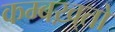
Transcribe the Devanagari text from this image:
कम्बख़्तो